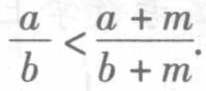
$\frac{a}{b}<\frac{a + m}{b + m}.$